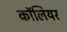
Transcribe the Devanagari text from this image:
कॉलियर